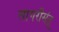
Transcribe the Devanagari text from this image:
सागरीसेतू